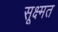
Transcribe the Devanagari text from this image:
सूक्ष्मत